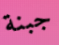
جبنة